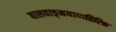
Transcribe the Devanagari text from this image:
बालवाङ्‌मयाव्यतिरिक्त